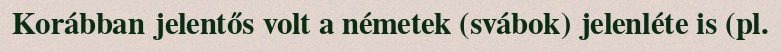
Korábban jelentős volt a németek (svábok) jelenléte is (pl.